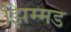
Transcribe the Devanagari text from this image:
झिम्मड